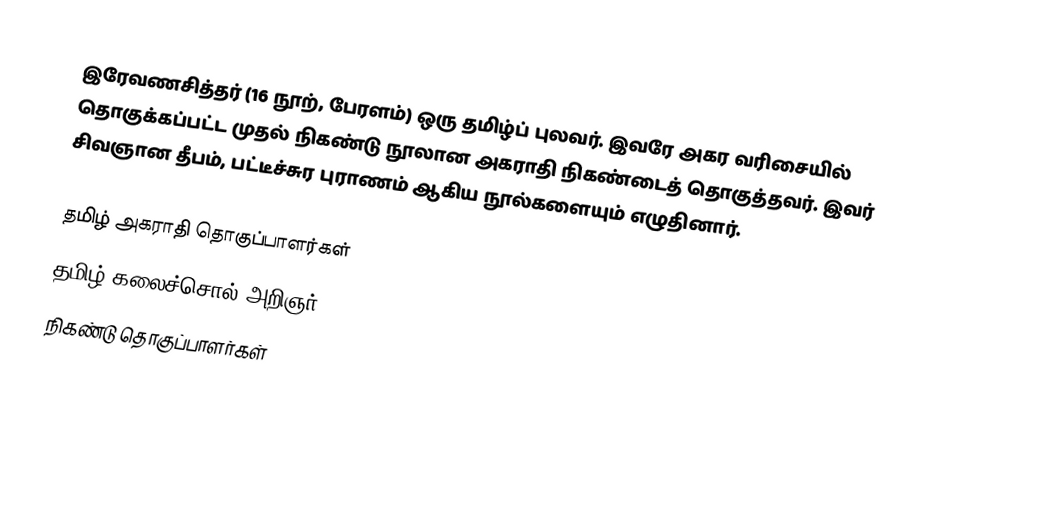
இரேவணசித்தர் (16 நூற், பேரளம்) ஒரு தமிழ்ப் புலவர். இவரே அகர வரிசையில் தொகுக்கப்பட்ட முதல் நிகண்டு நூலான அகராதி நிகண்டைத் தொகுத்தவர். இவர் சிவஞான தீபம், பட்டீச்சுர புராணம் ஆகிய நூல்களையும் எழுதினார்.

தமிழ் அகராதி தொகுப்பாளர்கள்
தமிழ் கலைச்சொல் அறிஞர்
நிகண்டு தொகுப்பாளர்கள்